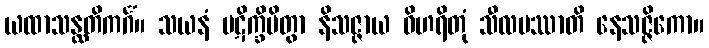
ယထာသန္ထတိကင်္ဂံ။ သယနံ ပဋိက္ခိပိတွာ နိသဇ္ဇာယ ဝိဟရိတုံ သီလမဿာတိ နေသဇ္ဇိကော။